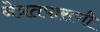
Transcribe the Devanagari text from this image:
नेत्रतपासणी